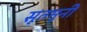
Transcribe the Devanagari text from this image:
सूतमूनी